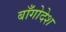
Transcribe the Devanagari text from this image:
बाँगोदेश